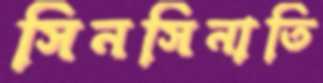
সিনসিনাতি